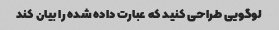
لوگویی طراحی کنید که عبارت داده شده را بیان کند